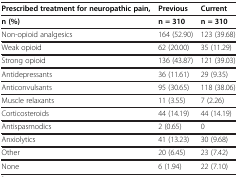
| Prescribed treatment for neuropathic pain, | Previous | Current |
 | n (%) | n = 310 | n = 310 |
 | --- | --- | --- |
 | Non-opioid analgesics | 164 (52.90) | 123 (39.68) |
 | Weak opioid | 62 (20.00) | 35 (11.29) |
 | Strong opioid | 136 (43.87) | 121 (39.03) |
 | Antidepressants | 36 (11.61) | 29 (9.35) |
 | Anticonvulsants | 95 (30.65) | 118 (38.06) |
 | Muscle relaxants | 11 (3.55) | 7 (2.26) |
 | Corticosteroids | 44 (14.19) | 44 (14.19) |
 | Antispasmodics | 2 (0.65) | 0 |
 | Anxiolytics | 41 (13.23) | 30 (9.68) |
 | Other | 20 (6.45) | 23 (7.42) |
 | None | 6 (1.94) | 22 (7.10) |